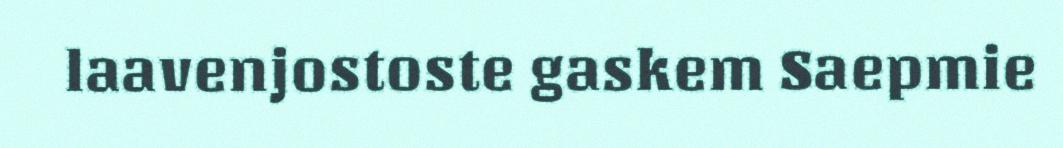
laavenjostoste gaskem Saepmie